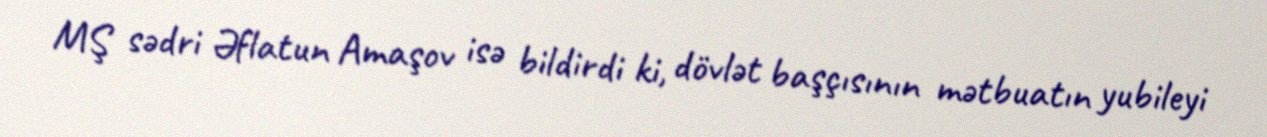
MŞ sədri Əflatun Amaşov isə bildirdi ki, dövlət başçısının mətbuatın yubileyi